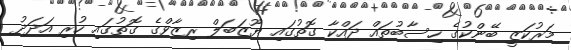
މަރުކަޒީ ބޭންކުގެ ހިސާބުތައް ދައްކާ ގޮތުގައި ޔޫޒަބަލް ރިޒާވްގެ ގޮތުގައި ހުރި އަދަދު